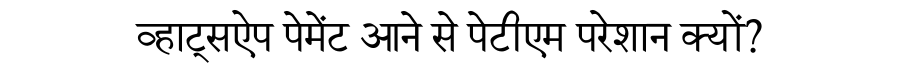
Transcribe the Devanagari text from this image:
व्हाट्सऐप पेमेंट आने से पेटीएम परेशान क्यों?